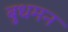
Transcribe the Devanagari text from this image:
बुधमन